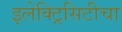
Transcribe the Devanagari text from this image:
इलेक्ट्रिसिटीचा